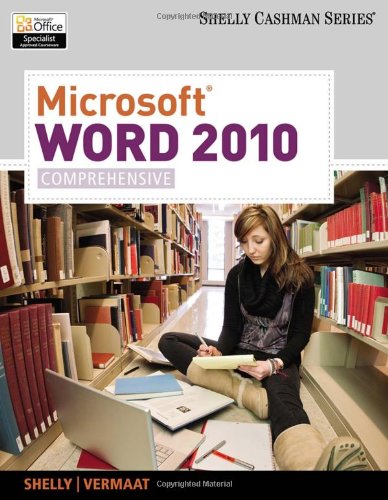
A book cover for Microsoft Word 2010: Comprehensive (SAM 2010 Compatible Products); Gary B. Shelly; Computers & Technology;